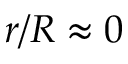
r / R \approx 0